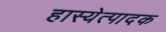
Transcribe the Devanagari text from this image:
हास्येत्पादक